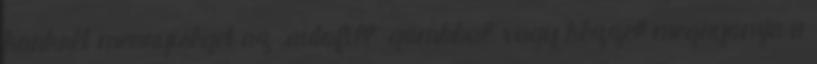
konkrét mennyiséget az „autofill” gombbal, vagy kézzel megnyomja a